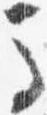
馬